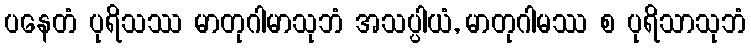
ပနေတံ ပုရိသဿ မာတုဂါမာသုဘံ အသပ္ပါယံ, မာတုဂါမဿ စ ပုရိသာသုဘံ